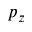
p _ { z }